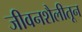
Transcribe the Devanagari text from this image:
जीवनशैलीतून